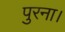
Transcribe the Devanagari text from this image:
पुरना।